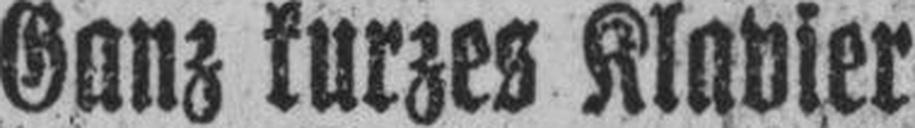
Ganz kurzes Klavier